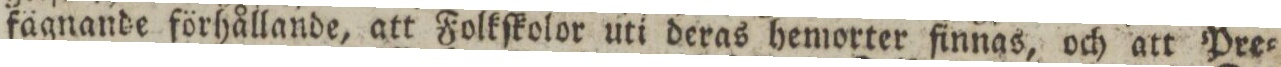
fägnande förhållande, att Folkſkolor uti deras hemorter finnas, och att Pre=